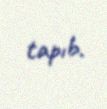
tapıb.